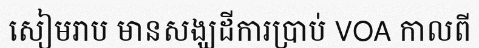
សៀមរាប មានសង្ឃដីការប្រាប់ VOA កាលពី